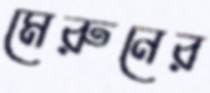
মেরুনের